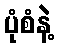
ပုံစံနဲ့